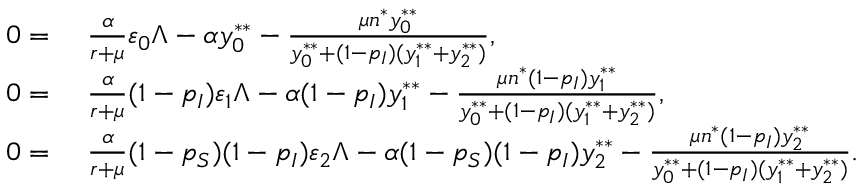
\begin{array} { r l } { 0 = } & { ~ \frac { \alpha } { r + \mu } \varepsilon _ { 0 } \Lambda - \alpha y _ { 0 } ^ { * * } - \frac { \mu n ^ { * } y _ { 0 } ^ { * * } } { y _ { 0 } ^ { * * } + ( 1 - p _ { I } ) ( y _ { 1 } ^ { * * } + y _ { 2 } ^ { * * } ) } , } \\ { 0 = } & { ~ \frac { \alpha } { r + \mu } ( 1 - p _ { I } ) \varepsilon _ { 1 } \Lambda - \alpha ( 1 - p _ { I } ) y _ { 1 } ^ { * * } - \frac { \mu n ^ { * } ( 1 - p _ { I } ) y _ { 1 } ^ { * * } } { y _ { 0 } ^ { * * } + ( 1 - p _ { I } ) ( y _ { 1 } ^ { * * } + y _ { 2 } ^ { * * } ) } , } \\ { 0 = } & { ~ \frac { \alpha } { r + \mu } ( 1 - p _ { S } ) ( 1 - p _ { I } ) \varepsilon _ { 2 } \Lambda - \alpha ( 1 - p _ { S } ) ( 1 - p _ { I } ) y _ { 2 } ^ { * * } - \frac { \mu n ^ { * } ( 1 - p _ { I } ) y _ { 2 } ^ { * * } } { y _ { 0 } ^ { * * } + ( 1 - p _ { I } ) ( y _ { 1 } ^ { * * } + y _ { 2 } ^ { * * } ) } . } \end{array}